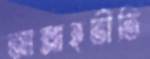
আল্লাহভীতি